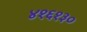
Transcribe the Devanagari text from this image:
४१६१३०